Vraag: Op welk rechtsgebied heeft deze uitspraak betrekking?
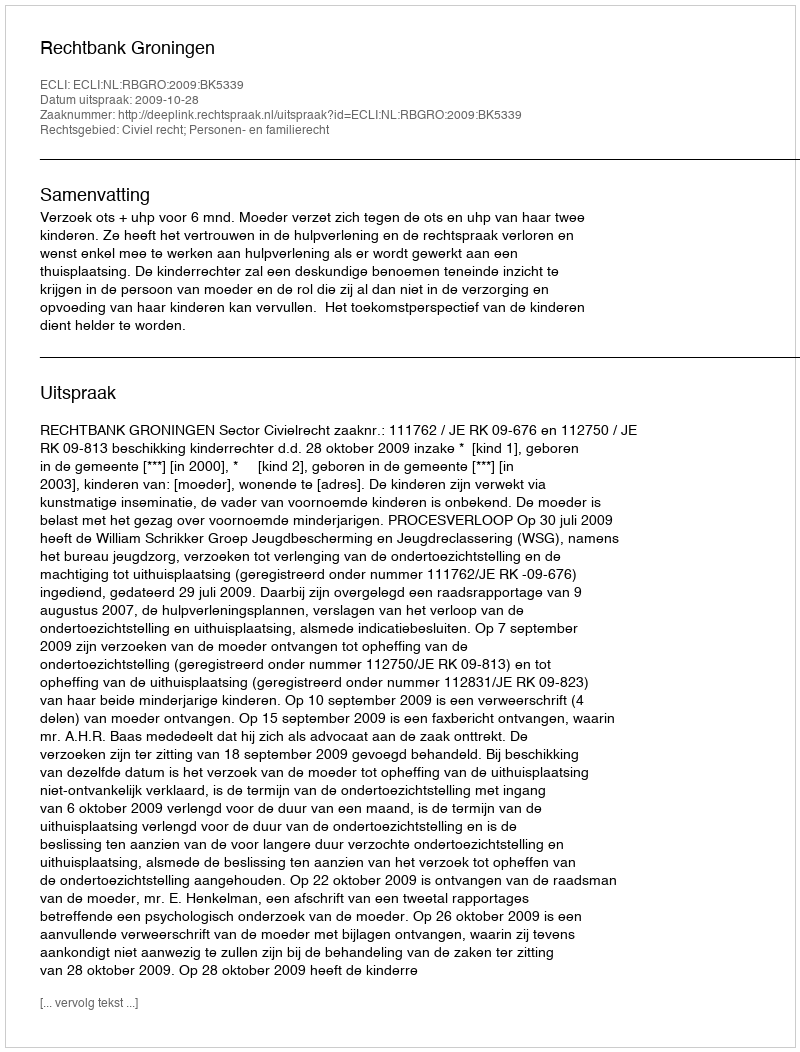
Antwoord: Civiel recht; Personen- en familierecht